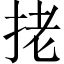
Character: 㧯